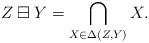
LaTeX: \begin{align*}Z \boxminus Y = \bigcap_{X \in \Delta(Z,Y)} X.\end{align*}